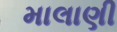
માલાણી